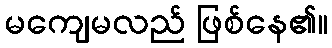
မကျေမလည် ဖြစ်နေ၏။